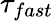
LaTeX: \tau_{fast}